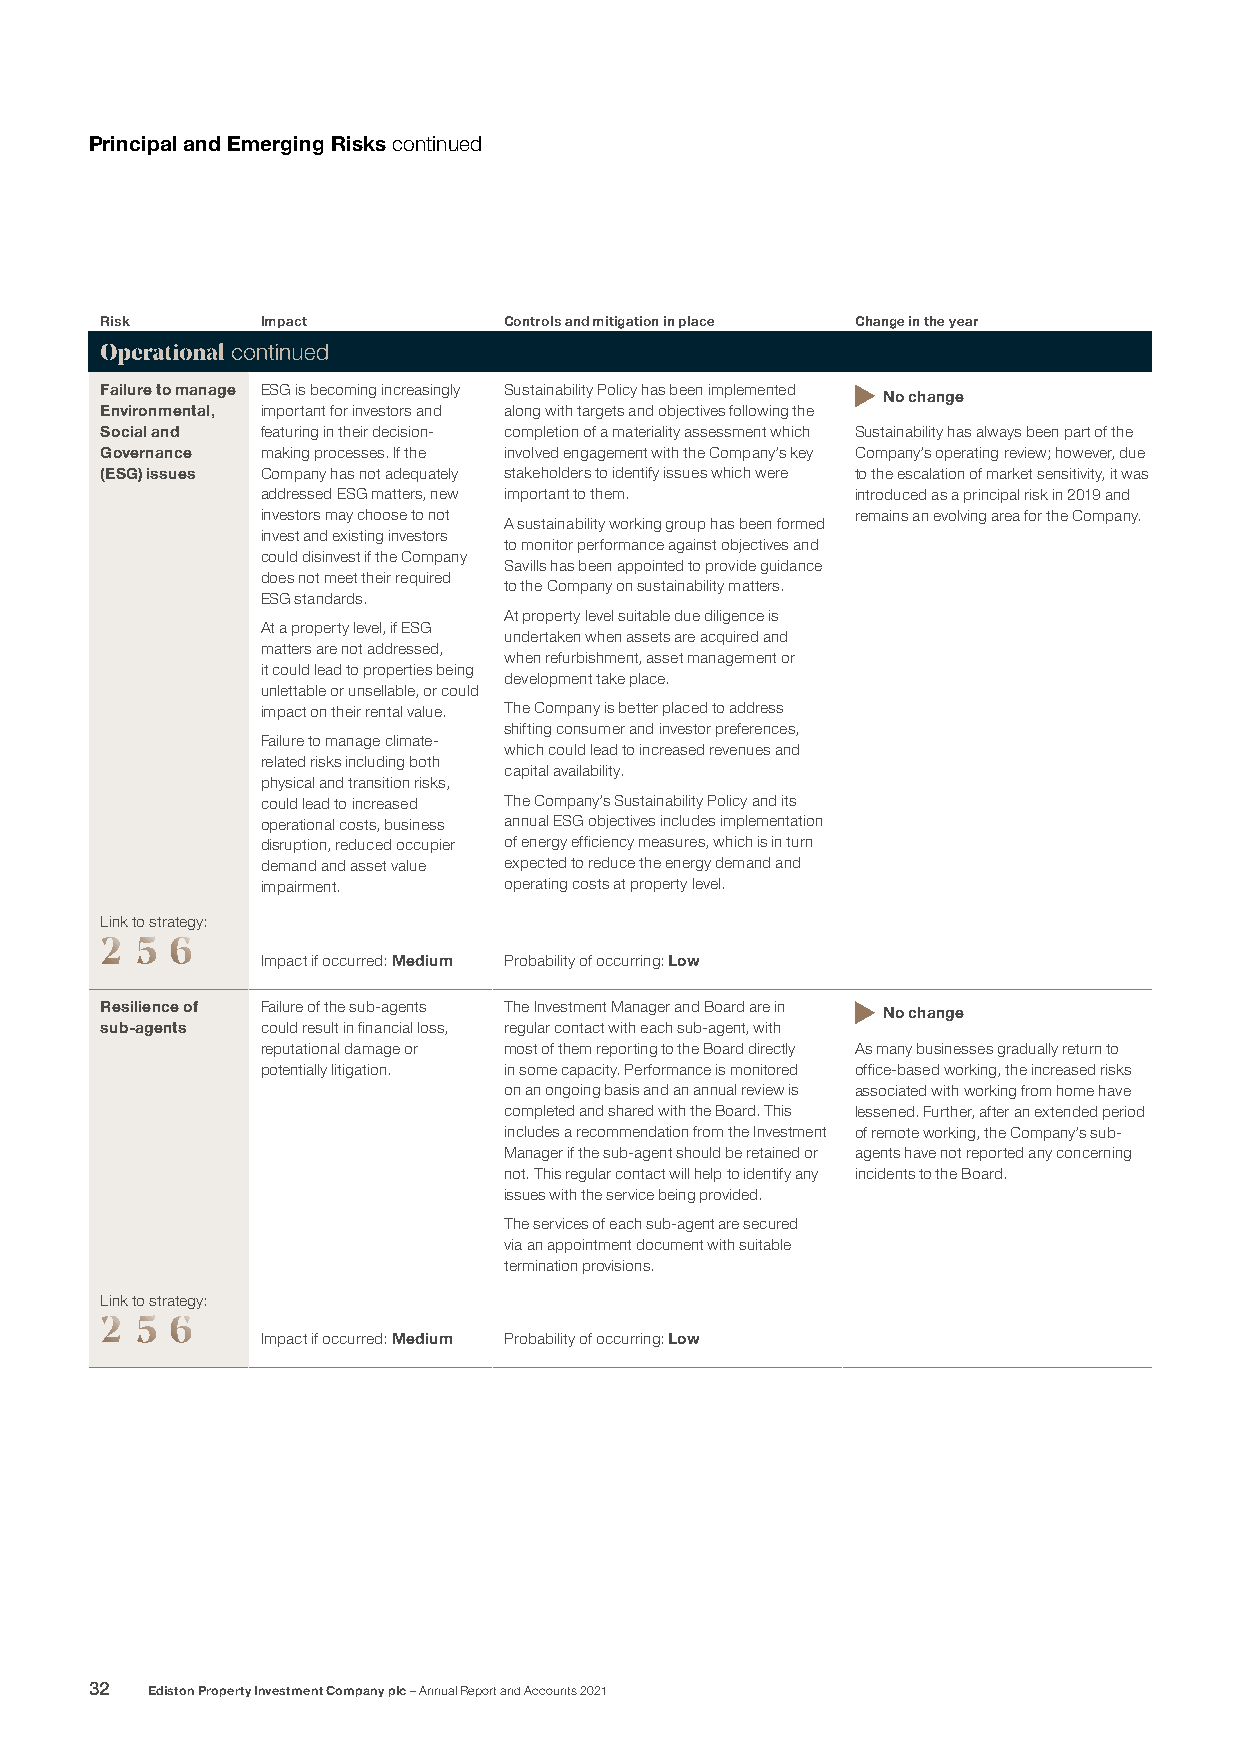
Principal and Emerging Risks continued
 Risk      Impact          Controls and mitigation in place Change in the year
 Operational continued
 Failure to manage ESG is becoming increasingly Sustainability Policy has been implemented No change
 Environmental, important for investors and along with targets and objectives following the
 Social and featuring in their decision- completion of a materiality assessment which Sustainability has always been part of the
 Governance making processes. If the involved engagement with the Company’s key Company’s operating review; however, due
 (ESG) issues Company has not adequately stakeholders to identify issues which were to the escalation of market sensitivity, it was
 addressed ESG matters, new important to them. introduced as a principal risk in 2019 and
 investors may choose to not             remains an evolving area for the Company.
 A sustainability working group has been formed
 invest and existing investors
 to monitor performance against objectives and
 could disinvest if the Company
 Savills has been appointed to provide guidance
 does not meet their required
 to the Company on sustainability matters.
 ESG standards.
 At property level suitable due diligence is
 At a property level, if ESG
 undertaken when assets are acquired and
 matters are not addressed,
 when refurbishment, asset management or
 it could lead to properties being
 development take place.
 unlettable or unsellable, or could
 impact on their rental value. The Company is better placed to address
 shifting consumer and investor preferences,
 Failure to manage climate-
 which could lead to increased revenues and
 related risks including both
 capital availability.
 physical and transition risks,
 could lead to increased The Company’s Sustainability Policy and its
 operational costs, business annual ESG objectives includes implementation
 disruption, reduced occupier of energy efficiency measures, which is in turn
 demand and asset value expected to reduce the energy demand and
 impairment.     operating costs at property level.
 Link to strategy:
 2 5 6
 Impact if occurred: Medium Probability of occurring: Low
 Resilience of Failure of the sub-agents The Investment Manager and Board are in No change
 sub-agents could result in financial loss, regular contact with each sub-agent, with
 reputational damage or most of them reporting to the Board directly As many businesses gradually return to
 potentially litigation. in some capacity. Performance is monitored office-based working, the increased risks
 on an ongoing basis and an annual review is associated with working from home have
 completed and shared with the Board. This lessened. Further, after an extended period
 includes a recommendation from the Investment of remote working, the Company’s sub-
 Manager if the sub-agent should be retained or agents have not reported any concerning
 not. This regular contact will help to identify any incidents to the Board.
 issues with the service being provided.
 The services of each sub-agent are secured
 via an appointment document with suitable
 termination provisions.
 Link to strategy:
 2 5 6
 Impact if occurred: Medium Probability of occurring: Low
 32  Ediston Property Investment Company plc – Annual Report and Accounts 2021